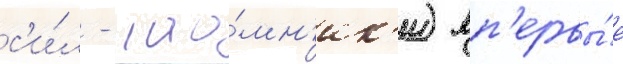
с'и́л - нао́мн'ик'и) вп'ервы́е